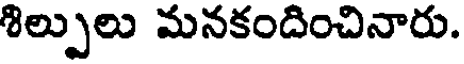
శిల్పులు మనకందించినారు.